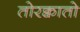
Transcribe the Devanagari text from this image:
तोरक्वातो